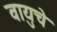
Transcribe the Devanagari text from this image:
वायुचे